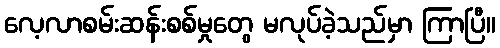
လေ့လာစမ်းဆန်းစစ်မှုတွေ မလုပ်ခဲ့သည်မှာ ကြာပြီ။